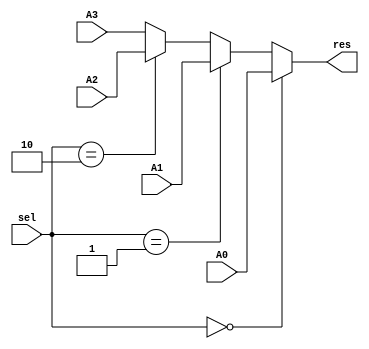
`timescale 1ns / 1ps
//////////////////////////////////////////////////////////////////////////////////
// Company: 
// Engineer: 
// 
// Design Name: 
// Module Name:    mux_4_1_32 
// Project Name: 
// Target Devices: 
// Tool versions: 
// Description: 
//
// Dependencies: 
//
// Revision: 
// Revision 0.01 - File Created
// Additional Comments: 
//
//////////////////////////////////////////////////////////////////////////////////
module mux_4_1_32(A0,A1,A2,A3,sel,res);

	output reg [31:0] res;
	 input [1:0] sel;
	 input [31:0] A0,A1,A2,A3;
	 always @(*)
	 begin
		if(sel==2'b00)
		begin
			res = A0;
		end
		else if(sel==2'b01)
		begin
			res = A1;
		end
		else if(sel==2'b10)
		begin
			res = A2;
		end
		else 
		begin
			res = A3;
		end
	 end
endmodule